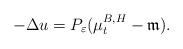
LaTeX: \begin{align*}-\Delta u=P_\varepsilon(\mu_t^{B,H}-\mathfrak{m}).\end{align*}